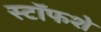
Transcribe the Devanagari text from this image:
स्टॉफशे